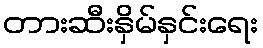
တားဆီးနှိမ်နှင်းရေး